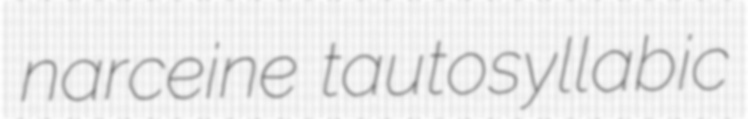
narceine tautosyllabic